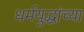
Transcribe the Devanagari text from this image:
धर्मयुद्धांच्या